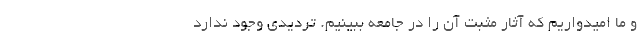
و ما امیدواریم که آثار مثبت آن را در جامعه ببینیم. تردیدی وجود ندارد